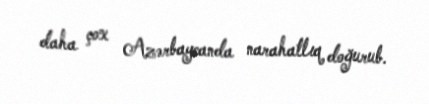
daha çox Azərbaycanda narahatlıq doğurub.